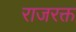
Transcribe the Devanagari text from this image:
राजरक्त